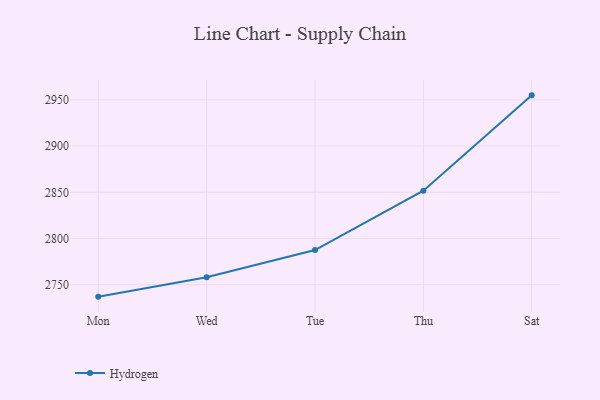
{"axis": {"x": "Day", "y": "Gross Profit (USD K)"}, "legend": ["Hydrogen"], "data": [{"x": "Mon", "y": 2737.1, "type": "Hydrogen"}, {"x": "Wed", "y": 2758.0, "type": "Hydrogen"}, {"x": "Tue", "y": 2787.5, "type": "Hydrogen"}, {"x": "Thu", "y": 2851.7, "type": "Hydrogen"}, {"x": "Sat", "y": 2954.9, "type": "Hydrogen"}]}